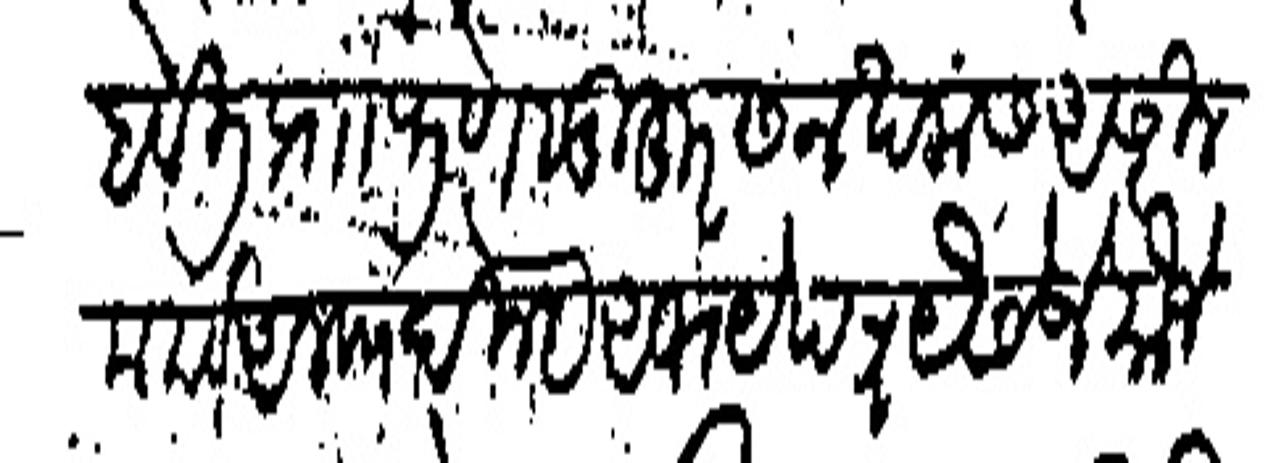
Transliteration (Devanagari): हवेली प्राा पुणे सुहूर सन खमस अशरीन मया व अलफ दिल्हे अभय पत्र यैसे जे मौजे